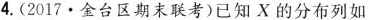
4.(2017·金台区期末联考)已知X的分布列如